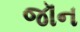
જૉન